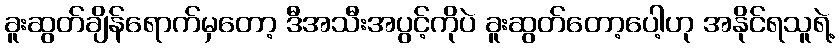
ခူးဆွတ်ချိန်ရောက်မှတော့ ဒီအသီးအပွင့်ကိုပဲ ခူးဆွတ်တော့ပေါ့ဟု အနိုင်ရသူရဲ့